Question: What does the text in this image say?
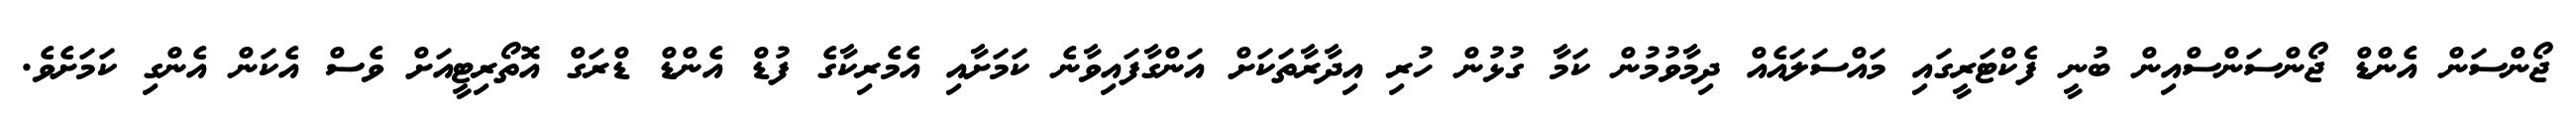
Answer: ޖޯންސަން އެންޑް ޖޯންސަންސްއިން ބުނީ ފެކްޓަރީގައި މައްސަލައެއް ދިމާވުމުން ކަމާ ގުޅުން ހުރި އިދާރާތަކަށް އަންގާފައިވާނެ ކަމަށާއި އެމެރިކާގެ ފުޑް އެންޑް ޑްރަގް އޮތޯރިޓީއަށް ވެސް އެކަން އެންގި ކަމަށެވެ.